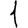
Digit: 1